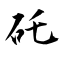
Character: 矺